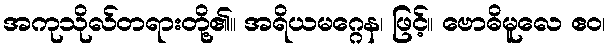
အကုသိုလ်တရားတို့၏။ အရိယမဂ္ဂေန၊ ဖြင့်။ ဗောဓိမူလေ ဧဝ၊